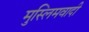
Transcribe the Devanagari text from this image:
मुस्लिमवादी